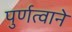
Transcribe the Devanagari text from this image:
पुर्णत्वाने